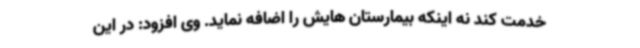
خدمت کند نه اینکه بیمارستان هایش را اضافه نماید. وی افزود: در این